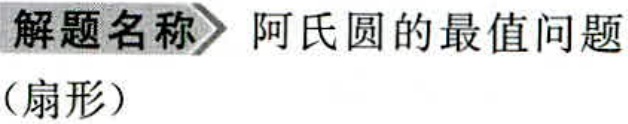
解题名称 阿氏圆的最值问题（扇形）